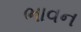
ભાવન